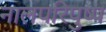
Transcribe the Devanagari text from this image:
नालपरिपुष्प